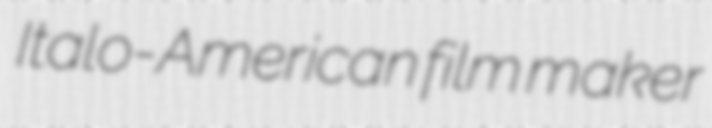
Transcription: Italo-American film maker